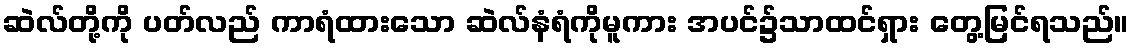
ဆဲလ်တို့ကို ပတ်လည် ကာရံထားသော ဆဲလ်နံရံကိုမူကား အပင်၌သာထင်ရှား တွေ့မြင်ရသည်။